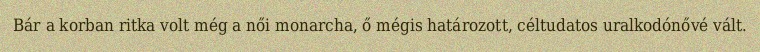
Bár a korban ritka volt még a női monarcha, ő mégis határozott, céltudatos uralkodónővé vált.